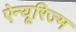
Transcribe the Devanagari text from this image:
ऐन्यूरिज्म